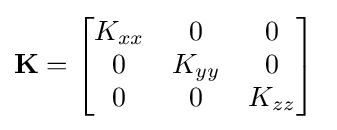
\mathbf {K} ={\begin{bmatrix}K_{xx}&0&0\\0&K_{yy}&0\\0&0&K_{zz}\end{bmatrix}}\